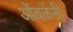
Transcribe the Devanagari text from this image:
ओंबळेंनी